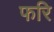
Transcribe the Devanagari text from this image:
फरि